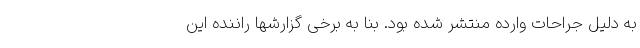
به دلیل جراحات وارده منتشر شده بود. بنا به برخی گزارشها راننده این